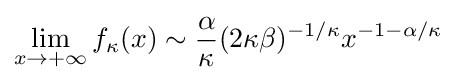
\lim _{x\to +\infty }f_{\kappa }(x)\sim {\frac {\alpha }{\kappa }}(2\kappa \beta )^{-1/\kappa }x^{-1-\alpha /\kappa }